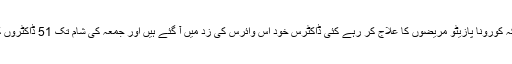
اس درمیان ایک اندوہناک خبر یہ سامنے آئی ہے کہ کورونا پازیٹو مریضوں کا علاج کر رہے کئی ڈاکٹرس خود اس وائرس کی زد میں آ گئے ہیں اور جمعہ کی شام تک 51 ڈاکٹروں کی موت بھی اس وائرس کی وجہ سے ہو گئی ہے۔